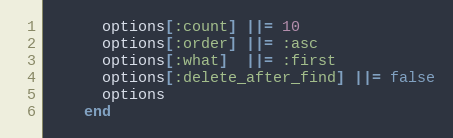
Language: Ruby
      options[:count] ||= 10
      options[:order] ||= :asc
      options[:what]  ||= :first
      options[:delete_after_find] ||= false
      options
    end